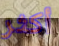
أكثر